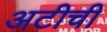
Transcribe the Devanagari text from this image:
अटीची